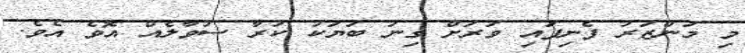
މި މަންޒަރު ފެނިފައި ވަރަށް ގިނަ ބަޔަކު ކުރާ ސުވާލެއް އޮވެ އެވެ.